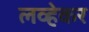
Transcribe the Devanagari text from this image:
लव्हेकर